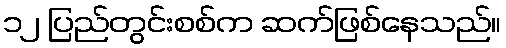
၁၂ ပြည်တွင်းစစ်က ဆက်ဖြစ်နေသည်။